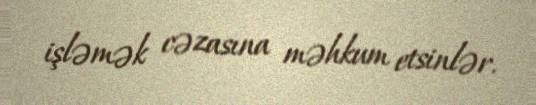
işləmək cəzasına məhkum etsinlər.